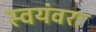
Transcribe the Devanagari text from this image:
स्वयंवरः